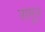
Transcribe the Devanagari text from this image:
रागुन